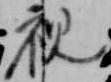
視